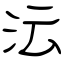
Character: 沄